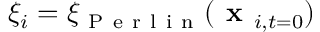
\xi _ { i } = \xi _ { \mathrm { ~ P ~ e ~ r ~ l ~ i ~ n ~ } } ( \textbf { x } _ { i , t = 0 } )